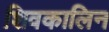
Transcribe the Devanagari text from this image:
शिवकालिन